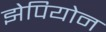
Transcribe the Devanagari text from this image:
झेपियोन